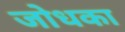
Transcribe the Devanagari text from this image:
जोधका